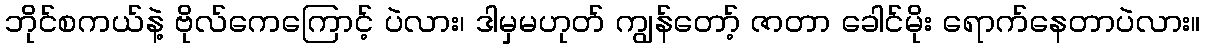
ဘိုင်စကယ်နဲ့ ဗိုလ်ကေကြောင့် ပဲလား၊ ဒါမှမဟုတ် ကျွန်တော့် ဇာတာ ခေါင်မိုး ရောက်နေတာပဲလား။